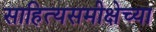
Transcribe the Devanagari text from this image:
साहित्यसमीक्षेच्या